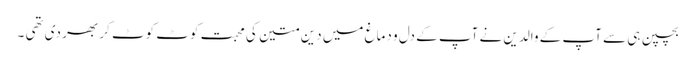
بچپن ہی سے آپ کے والدین نے آپ کے دل و دماغ میں دین متین کی محبت کوٹ کوٹ کر بھر دی تھی ۔